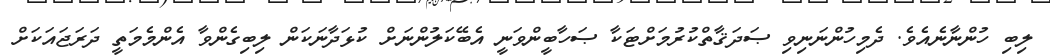
ލިބި ހުންނާނެއެވެ. ދެމިހުންނަނިވި ޞަދަޤާތްކުރުމަށްޓަކާ ޞަހާބީންވަނީ އެބޭކަލުންނަށް ކުޅަދާނަކަން ލިބިގެންވާ އެންމެމަތީ ދަރަޖައަކަށް